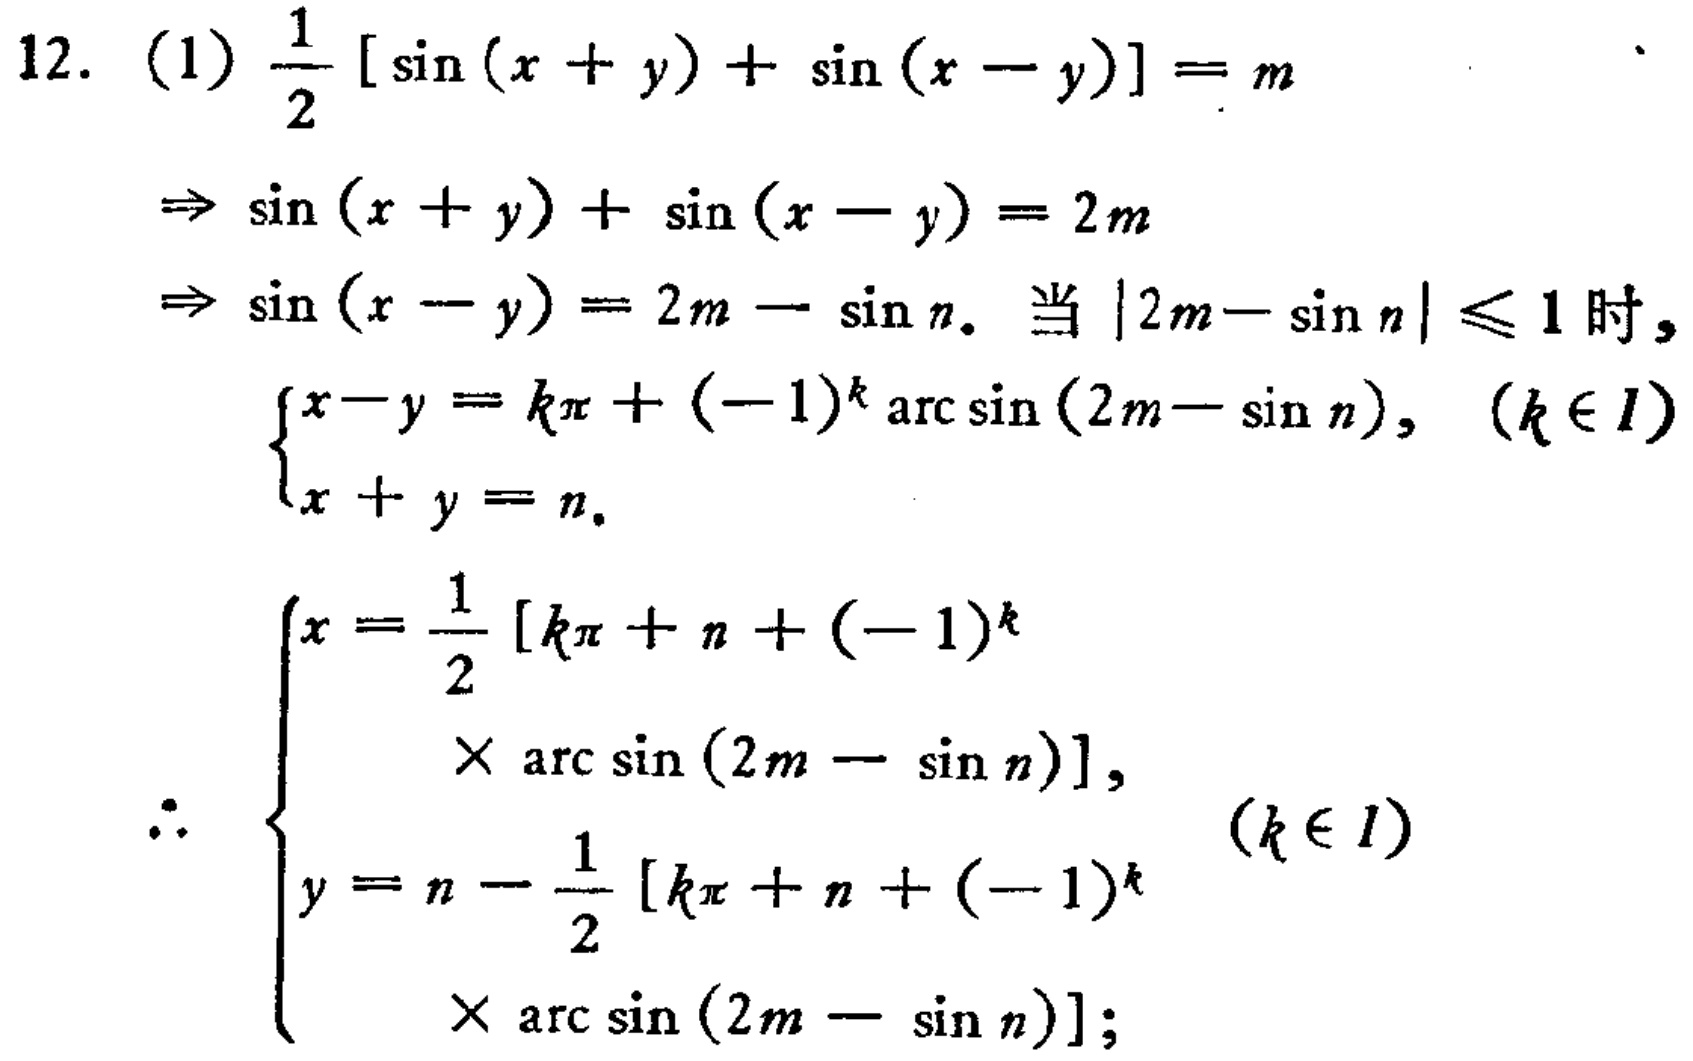
12. (1) \(\frac{1}{2}[\sin(x + y)+\sin(x - y)] = m\)
\(\Rightarrow\sin(x + y)+\sin(x - y)=2m\)
\(\Rightarrow\sin(x - y)=2m-\sin n\). 当 \(|2m - \sin n|\leq1\) 时,
\(\begin{cases}
x - y=k\pi+(-1)^k\arcsin(2m - \sin n),&(k\in I)\\
x + y=n.
\end{cases}\)
\(\therefore\begin{cases}
x=\frac{1}{2}[k\pi + n+(-1)^k\times\arcsin(2m - \sin n)],&(k\in I)\\
y=n-\frac{1}{2}[k\pi + n+(-1)^k\times\arcsin(2m - \sin n)];
\end{cases}\)